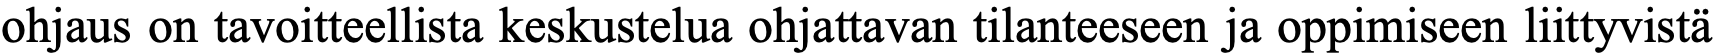
ohjaus on tavoitteellista keskustelua ohjattavan tilanteeseen ja oppimiseen liittyvistä